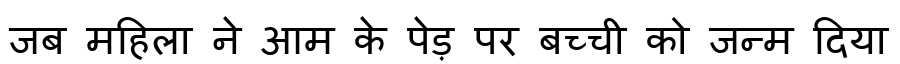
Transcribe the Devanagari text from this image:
जब महिला ने आम के पेड़ पर बच्ची को जन्म दिया